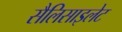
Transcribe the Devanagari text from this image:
सैलिसाइलेट